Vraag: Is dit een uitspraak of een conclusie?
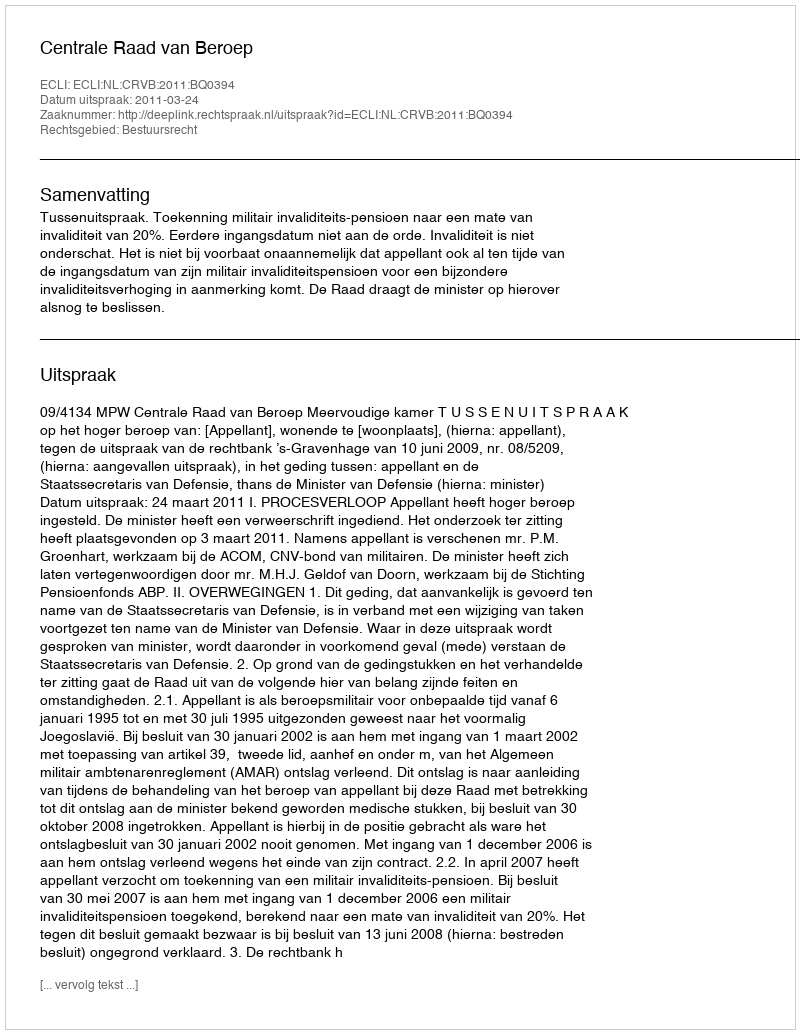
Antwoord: Uitspraak